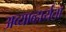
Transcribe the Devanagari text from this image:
अव्याव्हार्यता